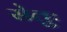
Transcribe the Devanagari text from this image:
सेतुः